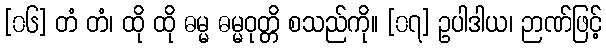
[၀၆] တံ တံ၊ ထို ထို ဓမ္မ ဓမ္မဝုတ္တိ စသည်ကို။ [၀၇] ဥပါဒါယ၊ ဉာဏ်ဖြင့်